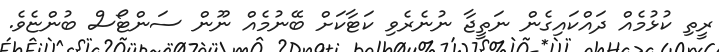
ރީތި ކުޅުމެއް ދައްކައިގެން ނަތީޖާ ނުނެރެވި ކަޓާކަށް ބޭނުމެއް ނޫން ސަންޓޯސް ބުންޏެވެ.